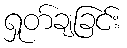
ရှုတ်ချခြင်း